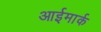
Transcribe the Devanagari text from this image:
आईमार्क